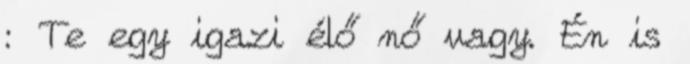
: Te egy igazi élő nő vagy. Én is